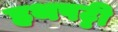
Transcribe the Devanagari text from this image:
हथपट्टी